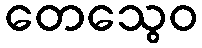
တေသွေဝ